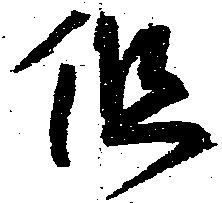
但